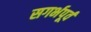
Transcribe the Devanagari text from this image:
सगर्भपूर्व